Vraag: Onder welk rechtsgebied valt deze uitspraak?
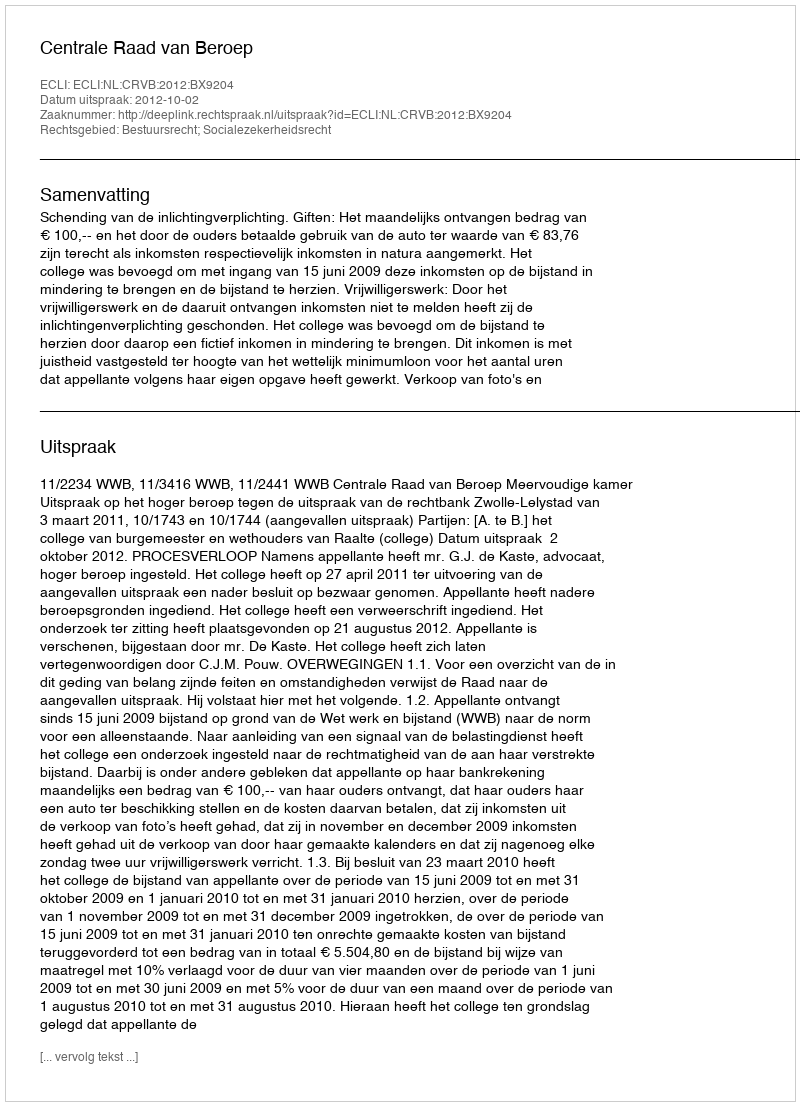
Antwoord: Bestuursrecht; Socialezekerheidsrecht